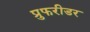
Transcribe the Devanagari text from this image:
प्रुफरीडर